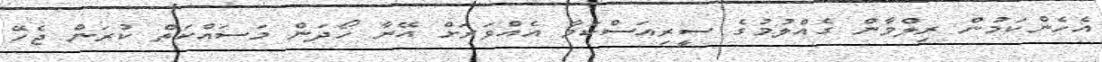
އެހެންކަމުން ރިލްވާން ގެއްލުމުގެ ސީރިއަސްކަމާ އެއްވަރަށް އޭނާ ހޯދަން މަސައްކަތް ކުރަން ޖެހޭ